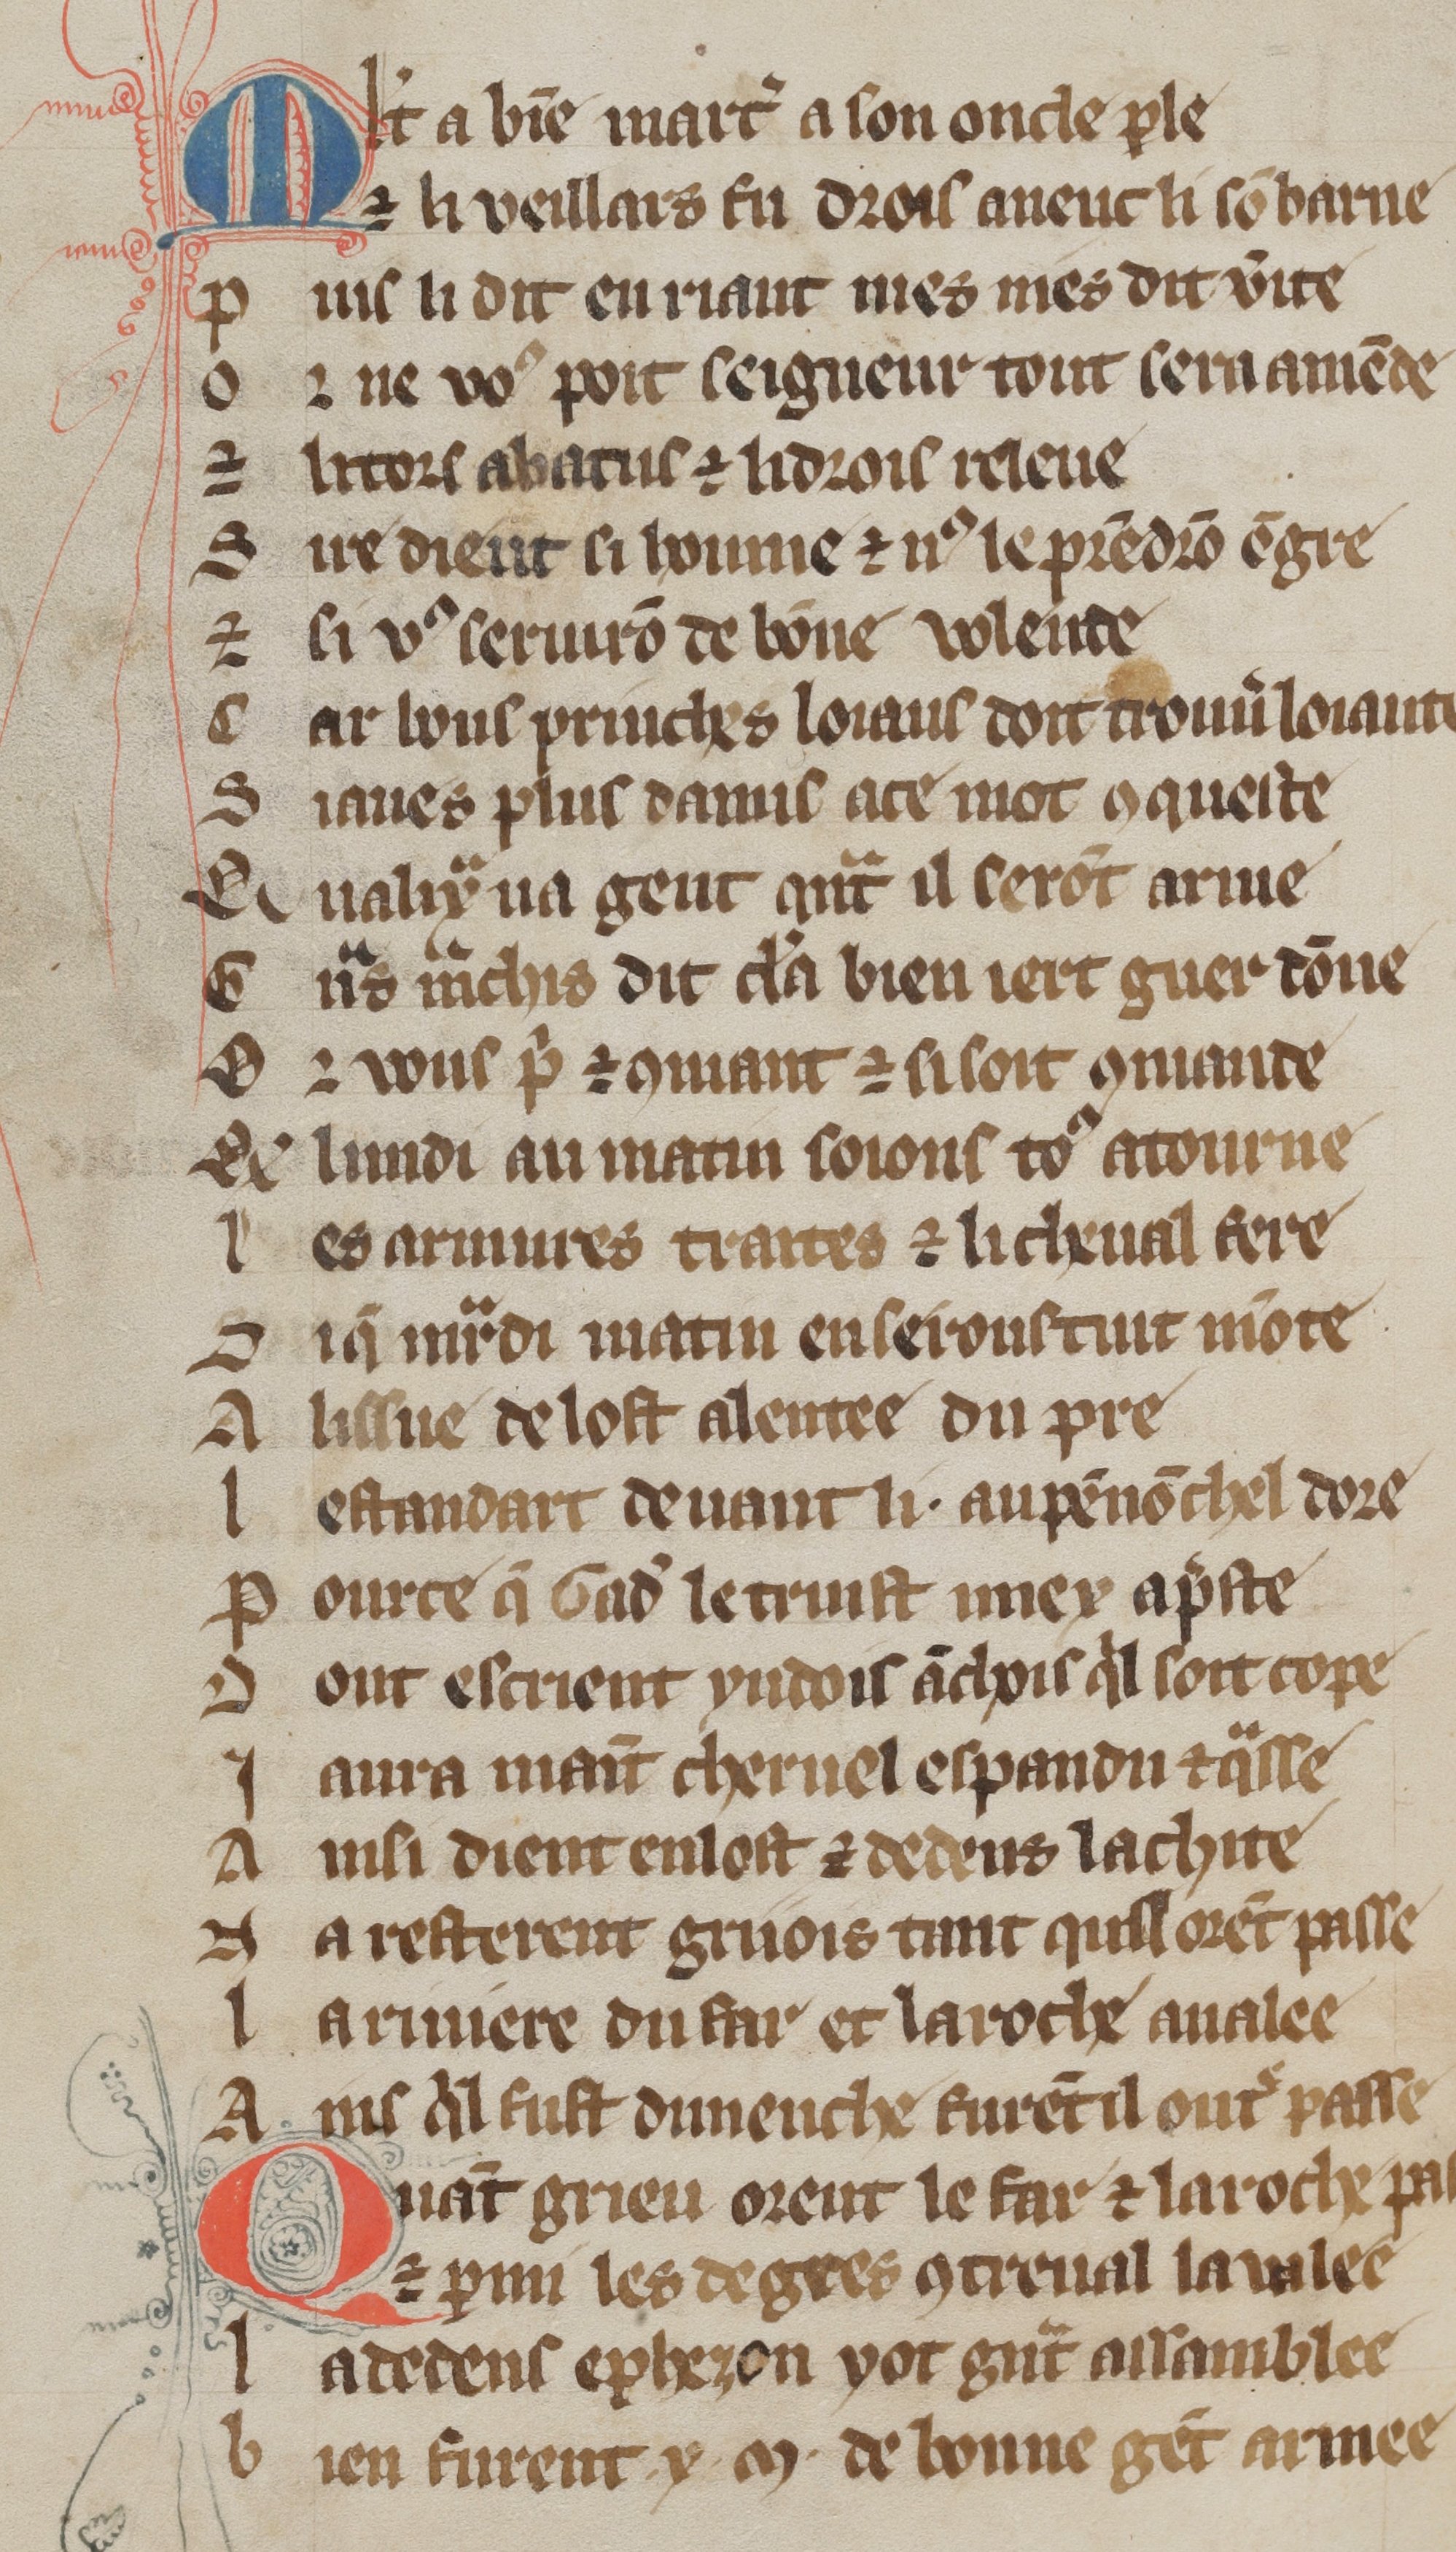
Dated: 1300–1330